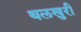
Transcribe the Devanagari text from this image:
थलखुरी